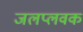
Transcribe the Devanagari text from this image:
जलप्लवक